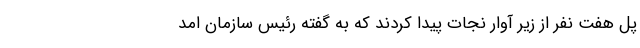
پل هفت نفر از زیر آوار نجات پیدا کردند که به گفته رئیس سازمان امد